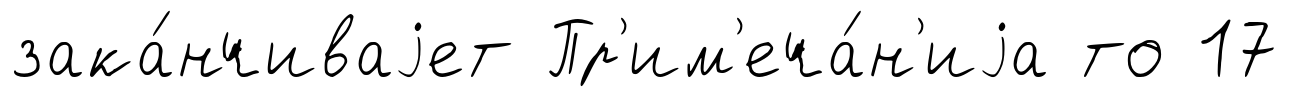
зака́нчиваjет Пр'им'еча́н'иjа то 17